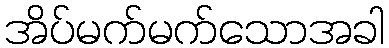
အိပ်မက်မက်သောအခါ